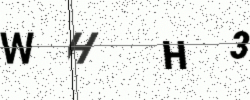
Text: WHH3